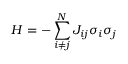
H = - \sum _ { i \ne j } ^ { N } { { { J } _ { i j } } { { \sigma } _ { i } } } { { \sigma } _ { j } }